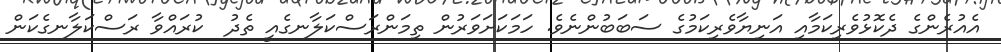
އެއުރެންގެ ދެކޮޅުވެރިކަމާއި އަނިޔާވެރިކަމުގެ ސަބަބުންނެވެ. ހަމަކަށަވަރުން ތިމަންރަސްކަލާނގެއީ ތެދު  ކުރައްވާ ރަސްކަލާނގެކަން